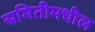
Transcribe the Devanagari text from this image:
समितीमधील